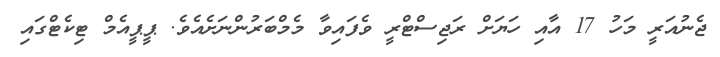
ޖެނުއަރީ މަހު 17 އާއި ހަަޔަށް ރަޖިސްޓްރީ ވެފައިވާ މެމްބަރުންނަށެއެވެ. ޕީޕީއެމް ޓިކެޓްގައި